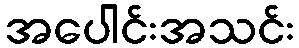
အပေါင်းအသင်း